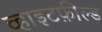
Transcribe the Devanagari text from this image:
व्हाइटफ़ील्ड